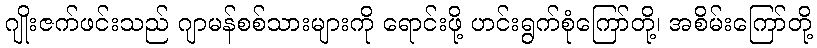
ဂျိုးဇက်ဖင်းသည် ဂျာမန်စစ်သားများကို ရောင်းဖို့ ဟင်းရွက်စုံကြော်တို့၊ အစိမ်းကြော်တို့